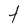
Character: t